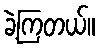
ခဲ့ကြတယ်။